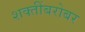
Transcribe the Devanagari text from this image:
शक्तींबरोबर